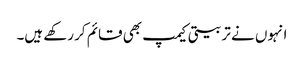
انہوں نے تربیتی کیمپ بھی قائم کر رکھے ہیں۔